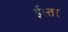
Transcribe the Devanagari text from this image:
ईस्तर